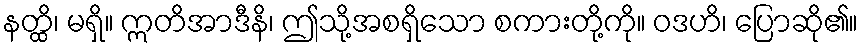
နတ္ထိ၊ မရှိ။ ဣတိအာဒီနိ၊ ဤသို့အစရှိသော စကားတို့ကို။ ဝဒဟိ၊ ပြောဆို၏။